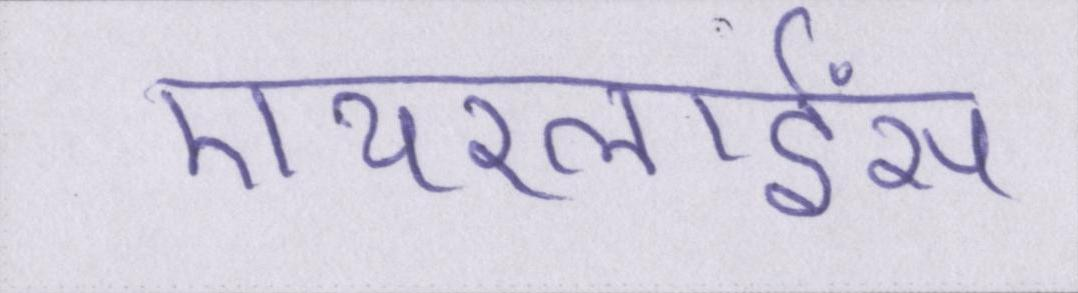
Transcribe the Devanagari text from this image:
एयरलाईंस